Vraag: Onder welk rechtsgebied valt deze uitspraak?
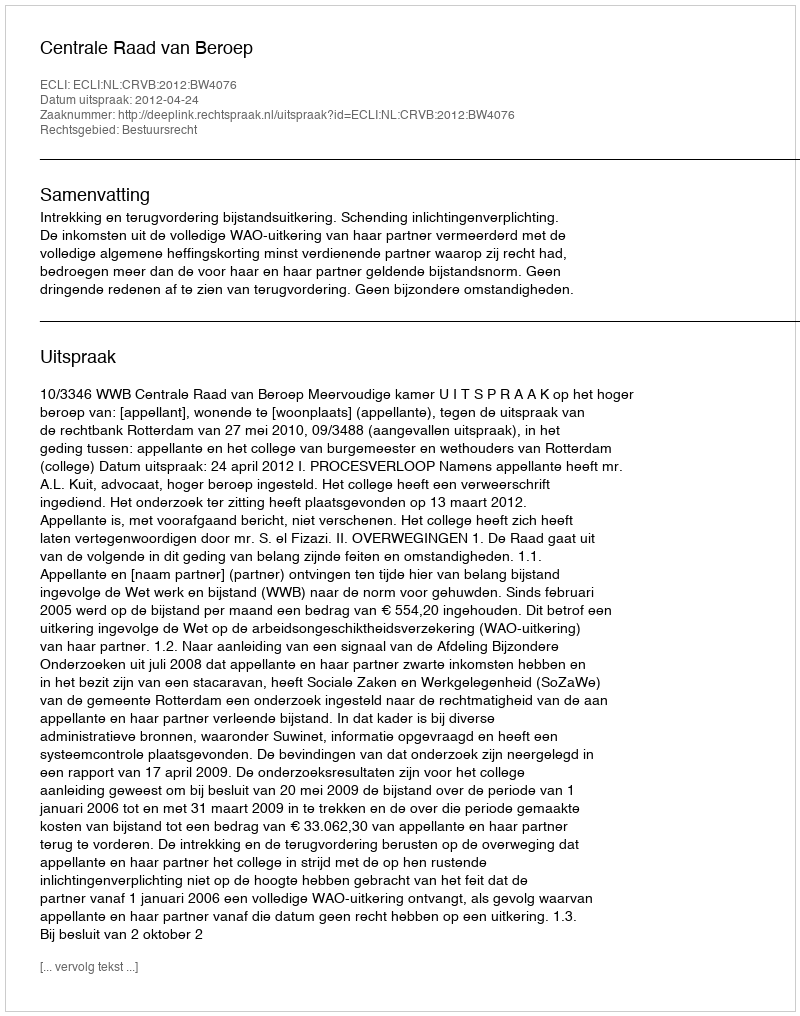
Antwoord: Bestuursrecht